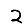
Digit: 2